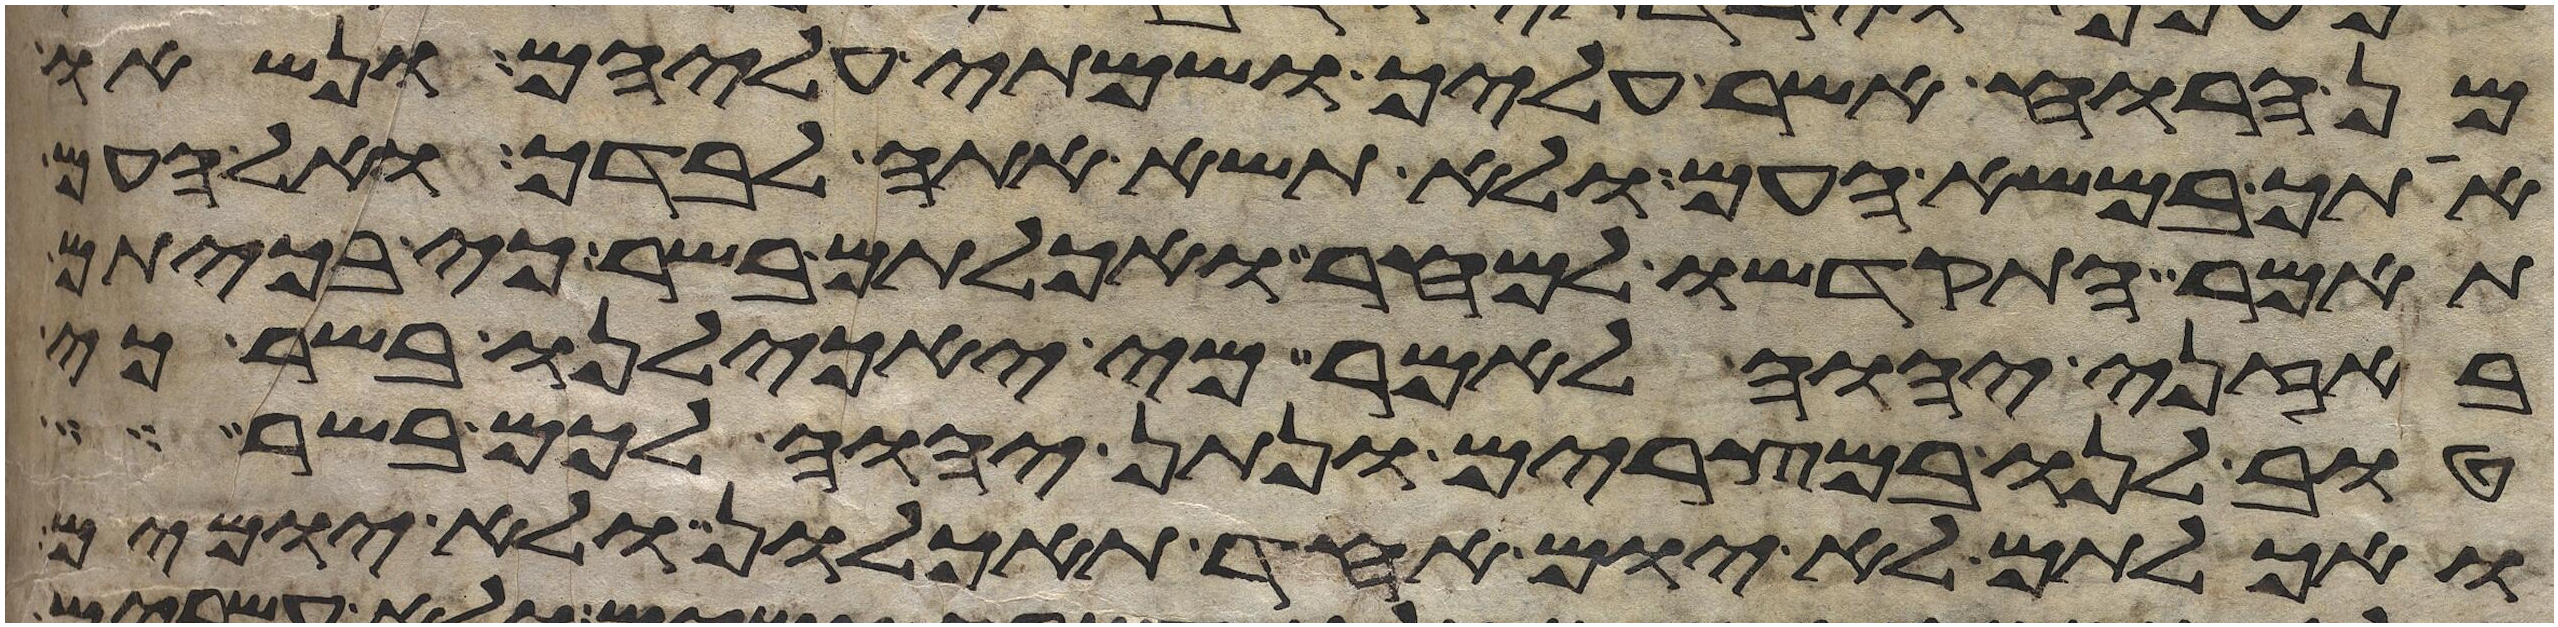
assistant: מן הרוח אשר עליך ושמתי עליהם ונשאו
אתך במשא העם ולא תשא אתה לבדך ואל העם
תאמר התקדשו למחר ואכלתם בשר כי בכיתם
באזני יהוה לאמר מי יאכילנו בשר כי
טוב לנו במצרים ונתן יהוה לכם בשר
ואכלתם לא יום אחד תאכלון ולא יומים